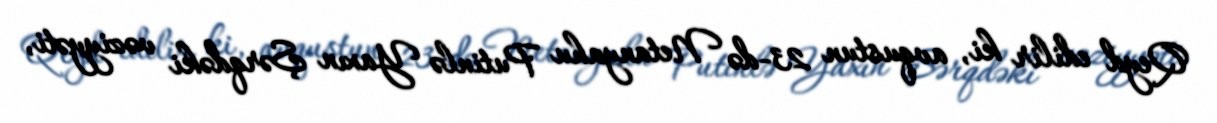
Qeyd edilir ki, avqustun 23-də Netanyahu Putinlə Yaxın Şərqdəki vəziyyəti,